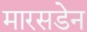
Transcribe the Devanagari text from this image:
मारसडेन